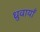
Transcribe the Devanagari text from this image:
ध्रुवायाँ